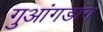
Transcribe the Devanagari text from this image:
गुआंगडांग